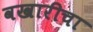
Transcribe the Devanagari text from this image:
वखारीचा